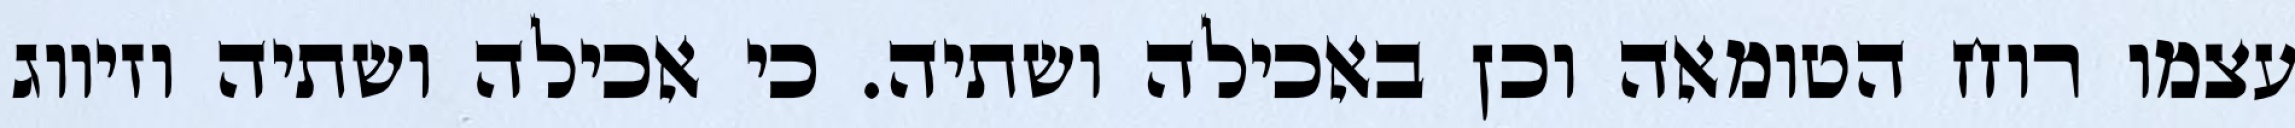
עצמו רוח הטומאה וכן באכילה ושתיה. כי אכילה ושתיה וזיווג